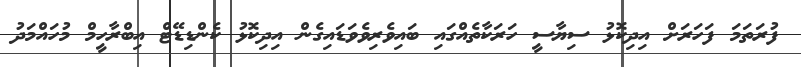
ފުރަތަމަ ފަހަރަށް އިދިކޮޅު ސިޔާސީ ހަރަކާތެއްގައި ބައިވެރިވެވަޑައިގެން އިދިކޮޅު ކެންޑިޑޭޓް އިބްރާހީމް މުހައްްމަދު